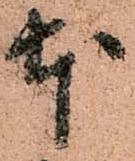
本